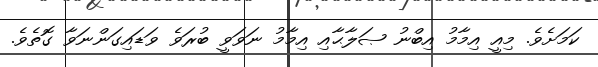
ކަމަށެވެ. މިއީ އިމާމު އިބްނު ޞަލާޙާއި އިމާމު ނަވަވީ ބުރަވެ ވަޑައިގަންނަވާ ގޮތެވެ.